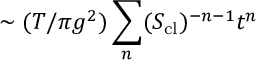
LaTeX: \sim ( T / \pi g ^ { 2 } ) \sum _ { n } ( S _ { \mathrm { c l } } ) ^ { - n - 1 } t ^ { n }